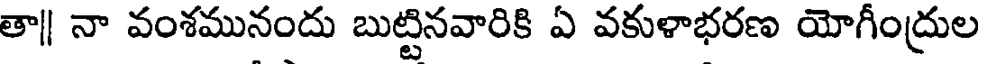
తా|| నా వంశమునందు బుట్టినవారికి ఏ వకుళాభరణ యోగీంద్రుల